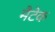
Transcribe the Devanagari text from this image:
मैटेक